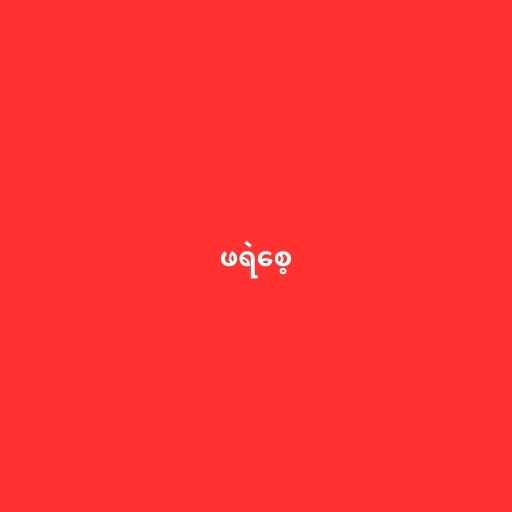
ဖရဲစေ့